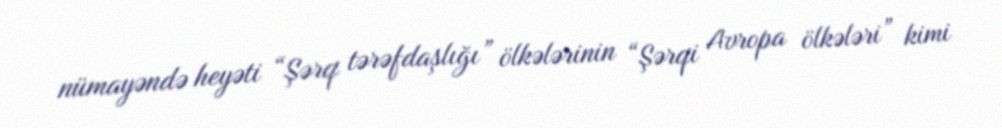
nümayəndə heyəti “Şərq tərəfdaşlığı” ölkələrinin “Şərqi Avropa ölkələri” kimi